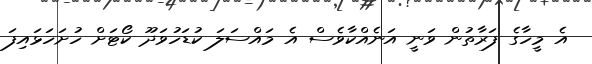
އެ މީހާގެ ފަރާތުން ވަނީ އަނެއްކާވެސް އެ މައްސަލަ ކުޑަހުވަދޫ ކޯޓަށް ހުށަހަޅައިފަ